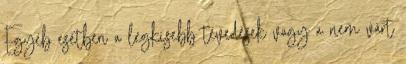
Egyéb esetben a legkisebb tévedések vagy a nem várt